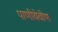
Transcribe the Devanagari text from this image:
पाणीयेवीण